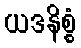
ယဒနိစ္စံ